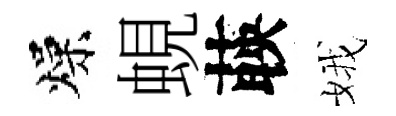
燥蜆𦴤娥